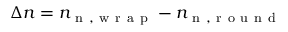
\Delta n = n _ { \mathrm { ~ n ~ , ~ w ~ r ~ a ~ p ~ } } - n _ { \mathrm { ~ n ~ , ~ r ~ o ~ u ~ n ~ d ~ } }